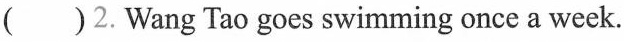
( ) 2. Wang Tao goes swimming once a week.